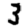
Digit: 3